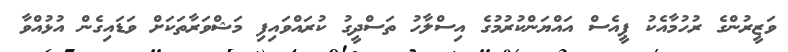
ވަޒީރުންގެ ރުހުމާއެކު ޕީއެސް އައްޔަންކުރުމުގެ އިސްލާހު ތަސްދީގު ކުރައްވައިފި މަޝްވަރާތަކަށް ވަޑައިގެން އުޅުއްވާ